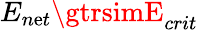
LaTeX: E_{n\mathrm{e}t}\gtrsimE_{crit}